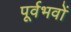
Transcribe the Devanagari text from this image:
पूर्वभवों